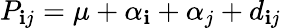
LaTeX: P_{\mathbf{i}j}=\mu+\alpha_{\mathbf{i}}+\alpha_{j}+d_{\mathbf{i}j}